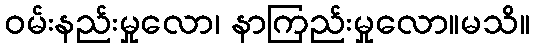
ဝမ်းနည်းမှုလော၊ နာကြည်းမှုလော။မသိ။